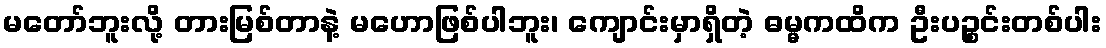
မတော်ဘူးလို့ တားမြစ်တာနဲ့ မဟောဖြစ်ပါဘူး၊ ကျောင်းမှာရှိတဲ့ ဓမ္မကထိက ဦးပဉ္စင်းတစ်ပါး